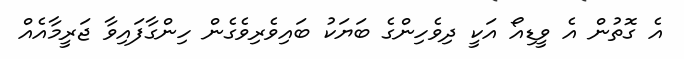
އެ ގޮތުން އެ ވީޑިއޯ އަކީ ދިވެހިންގެ ބަޔަކު ބައިވެރިވެގެން ހިންގާފައިވާ ޖަރީމާއެއް